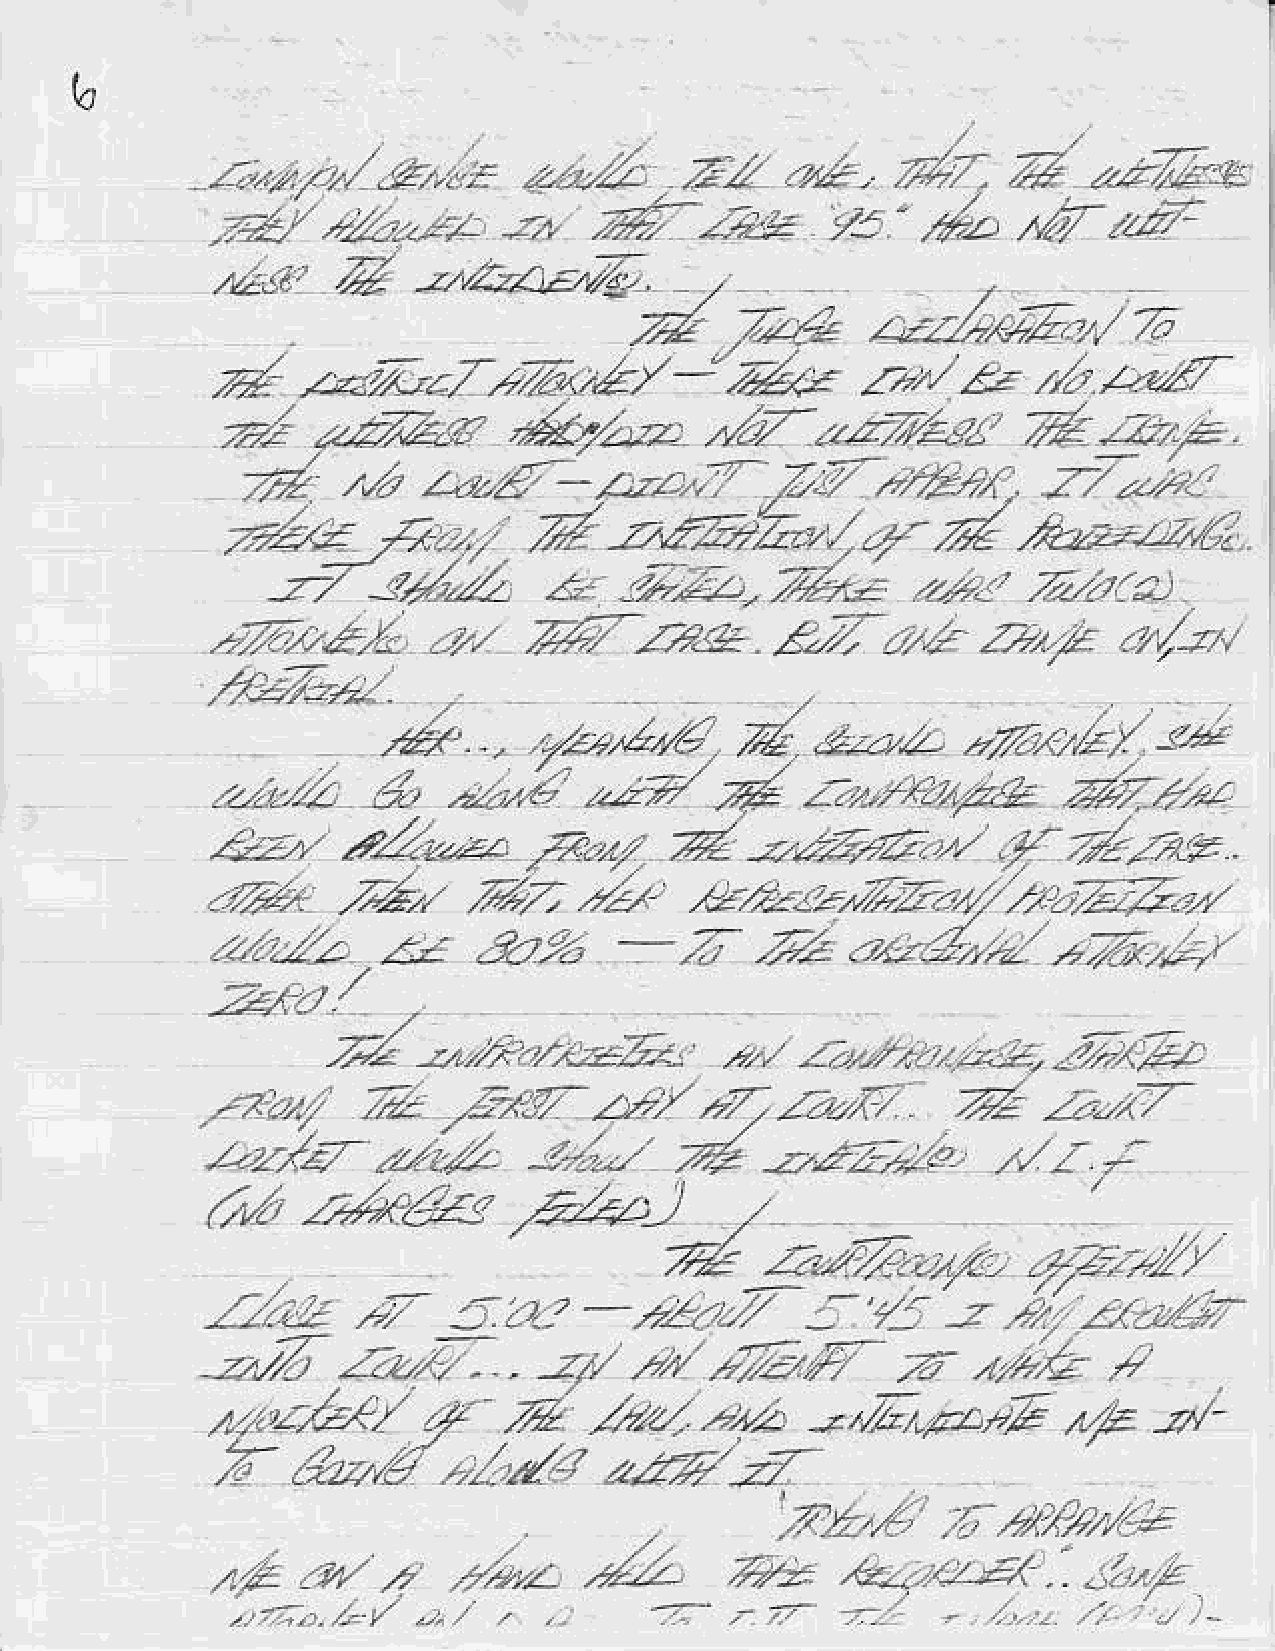
b
 /*
 iitb.^z
 3.
 zz"Z                                                    zq:-a-
 -1,r?
 /
 &l       ?A,.2                d     -.2.",z&z*nar-t*/, xr.
 4-   zz:./,z,/z,,:-zaL,ze.
 7-<"2y'
 da,z:,*,/,722>/q),<u,&t<,zZzzz//lzaZZZ.az
 -/r-      zz     Ala                                   n7,-+
 f-,r' ,z<rZn    -/
 -Z
 -Z.drJ
 .Z    z'<    r'.-bz.      ?    12,rA            -;(Z/
 ZFs                                    4-2:1z, ,lV
 , , .d\u/..rt'// iz /-^r/ t/-< 2 a/ 4, zr / /y 4,zzz€
 z,z.{zz    -iZ                       -zzz--,/e      ."  z I
 E-e)
 z,*4rs
 /.,w
 z
 -z//a    /az  U-    .       /rt/ tz1l        Z     ,a/ak
 -2,4/
 /        .d                                   tP   -t/
 Z"-
 4/rz,/r/      4?                -<lo    -^tD,e-V
 .
 zT
 Z-            -/1A       zz:7
 ,Q.2"4
 l
 8,4&,"_!
 )VE
 LL    41/   .,  /,/az
 .r-         ,,
 -,/       .